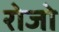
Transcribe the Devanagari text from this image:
रोजो